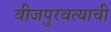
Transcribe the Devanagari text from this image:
वीजपुरवत्याची